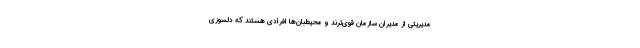
مدیریتی از مدیران سازمان قوی‌ترند و محیطبان‌ها افرادی هستند که دلسوزی